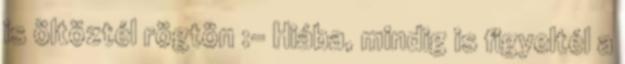
is öltöztél rögtön :- Hiába, mindig is figyeltél a